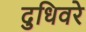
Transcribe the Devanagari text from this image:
दुधिवरे